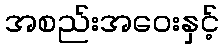
အစည်းအဝေးနှင့်